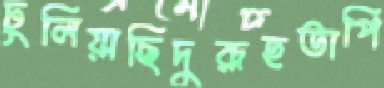
ঢুলিয়াছিদুরূহতাপি